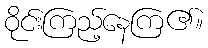
ဝိုင်းကြည့်နေကြ၏။